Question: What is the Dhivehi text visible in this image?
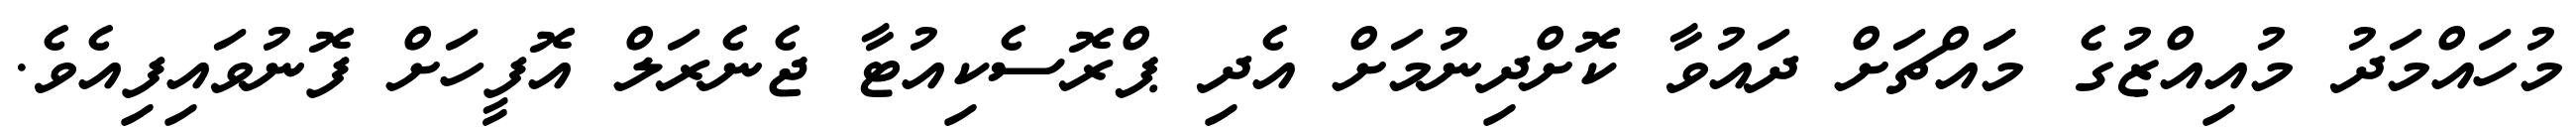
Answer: މުހައްމަދު މުއިއްޒުގެ މަައްޗަށް ދައުވާ ކޮށްދިނުމަށް އެދި ޕްރޮސެކިއުޓާ ޖެނެރަލް އޮފީހަށް ފޮނުވައިފިއެވެ.